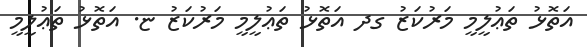
އަތޮޅު ތަޢުލީމީ މަރުކަޒު ގދ އަތޮޅު ތަޢުލީމީ މަރުކަޒު ޏ. އަތޮޅު ތަޢުލީމީ